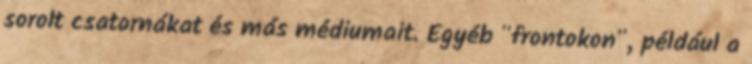
sorolt csatornákat és más médiumait. Egyéb "frontokon", például a